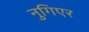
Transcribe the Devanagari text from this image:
नुगिएर